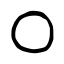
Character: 〇